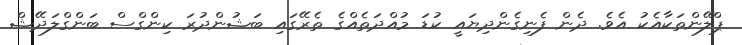
ޕްލޭންތަކާއެކު އެވެ. ދެން ފެނިގެންދިޔައީ ކުޑަ މުއްދަތެއްގެ ތެރޭގައި ބަޝުންދުރަ ކިންގްސް ބަންގްލަދޭޝް